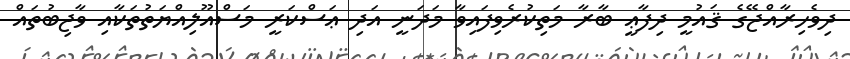
ދިވެހިރާއްޖޭގެ ޤައުމީ ދިފާޢީ ބާރާ މަތިކުރެވިފައިވާ މަދަނީ އަދި ޢަސްކަރީ މަސްއޫލިއްޔަތުތަކާއި ވާޖިބުތައް